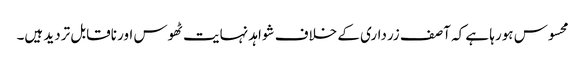
محسوس ہورہا ہے کہ آصف زرداری کے خلاف شواہد نہایت ٹھوس اور ناقابل تردید ہیں۔